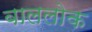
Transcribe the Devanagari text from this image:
बाललोक